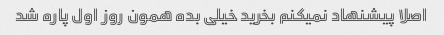
اصلا پیشنهاد نمیکنم بخرید خیلی بده همون روز اول پاره شد